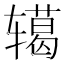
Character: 𮝺